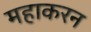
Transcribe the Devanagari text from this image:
महाकरन